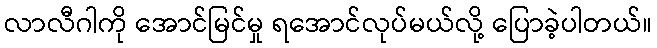
လာလီဂါကို အောင်မြင်မှု ရအောင်လုပ်မယ်လို့ ပြောခဲ့ပါတယ်။